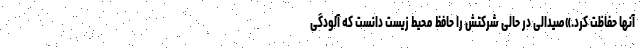
آنها حفاظت کرد.»صیدالی در حالی شرکتش را حافظ محیط زیست دانست که آلودگی